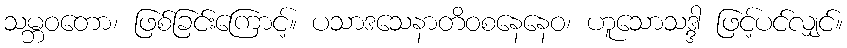
သမ္ဘဝတော၊ ဖြစ်ခြင်းကြောင့်။ ပသာဒသေနာတိဝစနေနေဝ၊ ဟူသောသဒ္ဒါ ဖြင့်ပင်လျှင်။